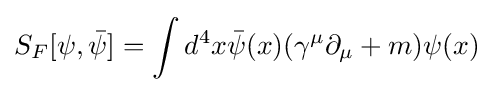
S_{F}[\psi ,{\bar {\psi }}]=\int d^{4}x{\bar {\psi }}(x)(\gamma ^{\mu }\partial _{\mu }+m)\psi (x)